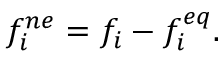
f _ { i } ^ { n e } = f _ { i } - f _ { i } ^ { e q } .